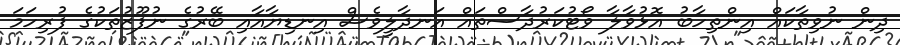
ދިން ނުވިތާކައް އިންތިހާބު އޮޅުވާލާ ވޯޓުކަރުދާސްތައް އަނދާލީވެސް އިނޑިޔާއާއި ބޭރުގެ ނުފޫޒުތަކުގެ ފުރިހަމަ